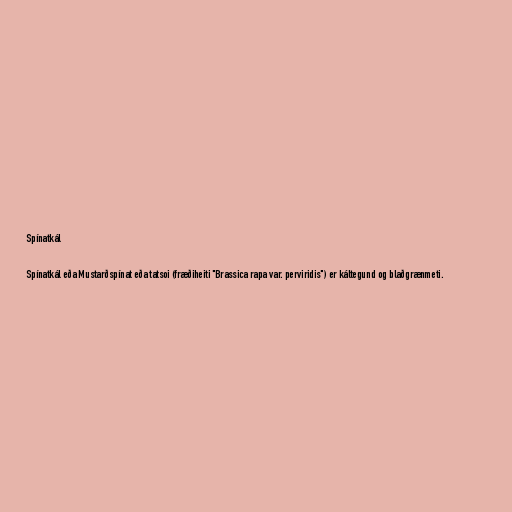
Spínatkál

Spínatkál eða Mustarðspínat eða tatsoi (fræðiheiti "Brassica rapa var. perviridis") er káltegund og blaðgrænmeti.